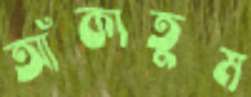
আঁকাতুম